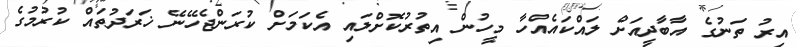
އިރު ތަނުގެ އާބާދީއަށް ލައްކައެއްހާ މީހުން އިތުރުކޮށްލައި އެކަމަށް ކުރަންޖެހޭނޭ ޚަރަދުތައް ކުރުމުގެ